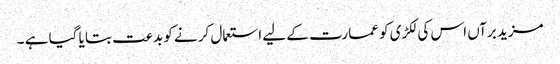
مزید برآں اس کی لکڑی کو عمارت کے لیے استعمال کر نے کو بدعت بتا یا گیا ہے ۔